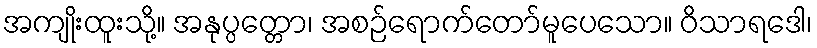
အကျိုးထူးသို့။ အနုပ္ပတ္တော၊ အစဉ်ရောက်တော်မူပေသော။ ဝိသာရဒေါ၊